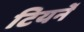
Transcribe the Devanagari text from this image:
टियर्ने